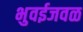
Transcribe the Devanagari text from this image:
भुवईजवळ